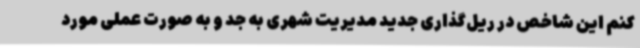
کنم این شاخص در ریل‌گذاری جدید مدیریت شهری به جد و به صورت عملی مورد